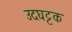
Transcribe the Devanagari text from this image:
उदघट्टक